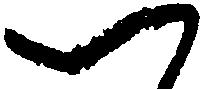
つ